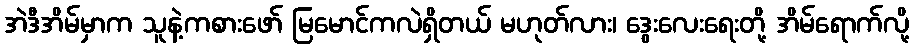
အဲဒီအိမ်မှာက သူနဲ့ကစားဖော် မြမောင်ကလဲရှိတယ် မဟုတ်လား၊ ဒွေးလေးရေးတို့ အိမ်ရောက်လို့